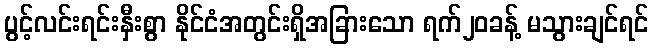
ပွင့်လင်းရင်းနှီးစွာ နိုင်ငံအတွင်းရှိအခြားသော ရက်၂၀ခန့် မသွားချင်ရင်